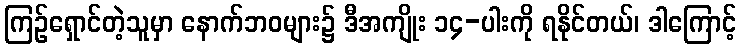
ကြဉ်ရှောင်တဲ့သူမှာ နောက်ဘဝများ၌ ဒီအကျိုး ၁၄-ပါးကို ရနိုင်တယ်၊ ဒါကြောင့်